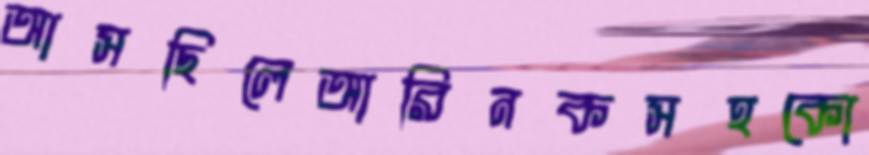
আসছিলেআরিনকসহকো